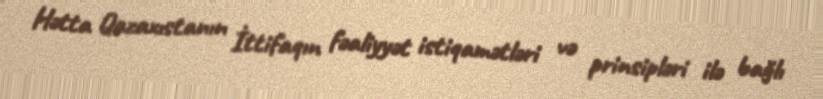
Hətta Qazaxıstanın İttifaqın fəaliyyət istiqamətləri və prinsipləri ilə bağlı